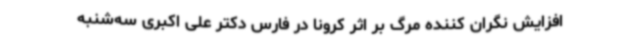
افزایش نگران کننده مرگ بر اثر کرونا در فارس دکتر علی اکبری سه‌شنبه